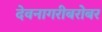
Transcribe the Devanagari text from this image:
देवनागरीबरोबर